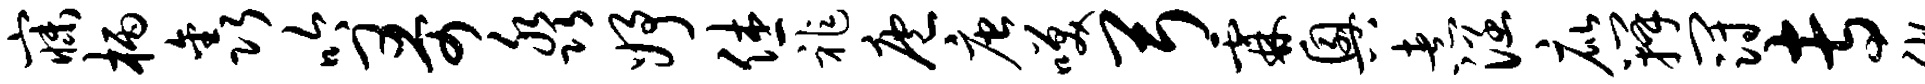
寐柄鑫吟哥淼妤休祚庖唐笑弓霖兴煮涵庇瓣冠专腋